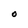
Character: O